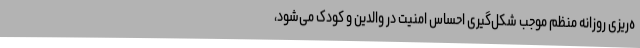
ه‌ریزی روزانه منظم موجب شکل‌گیری احساس امنیت در والدین و کودک می‌شود،